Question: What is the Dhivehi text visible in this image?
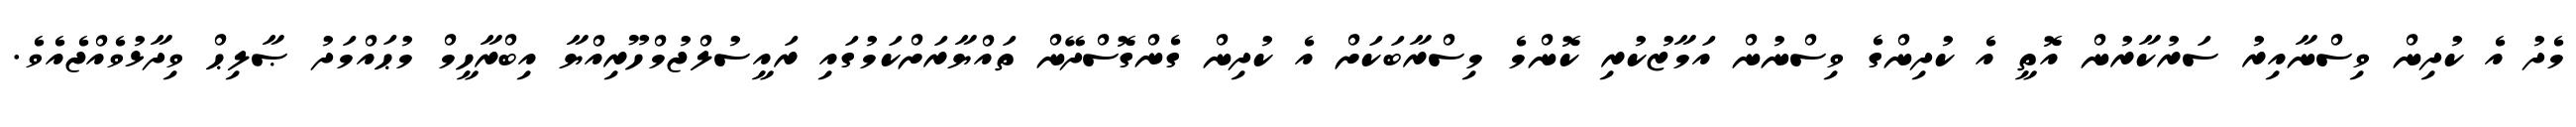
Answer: މެދު އެ ކުދިން ވިސްނާއިރު ސަރުކާރުން އޮތީ އެ ކުދިންގެ ވިސްނުން އަމާޒުކުރި ކޮންމެ މިސްރާބަކަށް އެ ކުދިން ގެންގޮސްދޭން ތައްޔާރަށްކަމުގައި ރައީސުލްޖުމްހޫރިއްޔާ އިބްރާހީމް މުޙައްމަދު ޞާލިޙް ވިދާޅުވެއްޖެއެވެ.